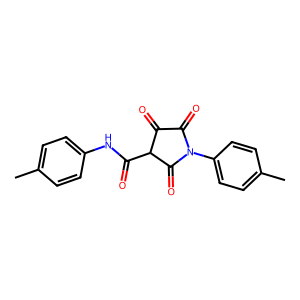
SMILES: Cc1ccc(NC(=O)C2C(=O)C(=O)N(c3ccc(C)cc3)C2=O)cc1
Inhibits HIV replication: No